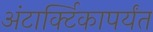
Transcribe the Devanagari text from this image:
अंटार्क्टिकापर्यंत